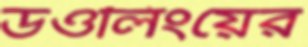
ডওলিংয়ের